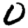
Digit: 0